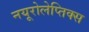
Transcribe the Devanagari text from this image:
नयूरोलेप्तिक्स